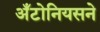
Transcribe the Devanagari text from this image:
अँटोनियसने